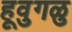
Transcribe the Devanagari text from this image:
हूवुगळु